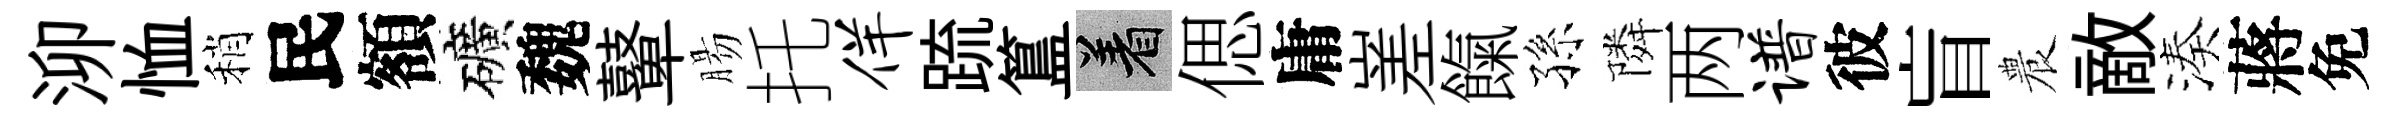
泖恤稍民額礦魏鼙腸托佯䟽簋著偲庸嵳餼孫隣两谱彼盲農敵湊蔣免